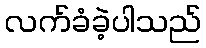
လက်ခံခဲ့ပါသည်